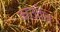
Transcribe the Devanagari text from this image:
काउचेज